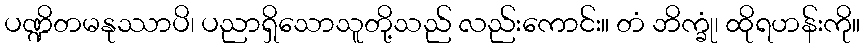
ပဏ္ဍိတမနုဿာပိ၊ ပညာရှိသောသူတို့သည် လည်းကောင်း။ တံ ဘိက္ခုံ၊ ထိုရဟန်းကို။